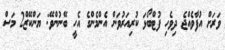
ވަރަށް އުފާވެއްޖެ ދިވެހި ފުޓްބޯޅަ ކުރިއަރުވަން އެންމެންގެ އެހީ ބޭނުންވޭ: ޔަންކޭޒް2 މަސް